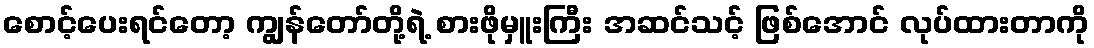
စောင့်ပေးရင်တော့ ကျွန်တော်တို့ရဲ့ စားဖိုမှူးကြီး အဆင်သင့် ဖြစ်အောင် လုပ်ထားတာကို